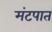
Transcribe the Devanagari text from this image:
मंटपात